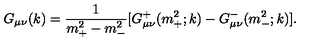
G _ { \mu \nu } ( k ) = { \frac { 1 } { m _ { + } ^ { 2 } - m _ { - } ^ { 2 } } } [ G _ { \mu \nu } ^ { + } ( m _ { + } ^ { 2 } ; k ) - G _ { \mu \nu } ^ { - } ( m _ { - } ^ { 2 } ; k ) ] .